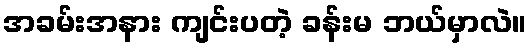
အခမ်းအနား ကျင်းပတဲ့ ခန်းမ ဘယ်မှာလဲ။